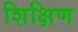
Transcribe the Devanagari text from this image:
शिक्षिण